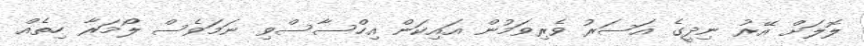
ލޮލަށް އޭރު ނިދީގެ އަސަރު ވެރިވަމުން އައިކަން އިހްސާސްވި ނަމަވެސް ލޯމަރާ ހިތެއް